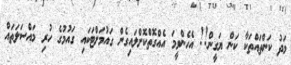
މަދު ކަންތައްތަކާ ކަން ޔަގީން!! އެހެންވީމަ އެއްގޮތްކޮށްލައިގެން ގައުމަށްޓަކައި ގައުމުގެ ހުރި މައްސަލަތައް